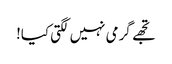
تجھے گرمی نہیں لگتی کیا!